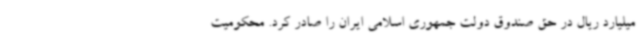
میلیارد ریال در حق صندوق دولت جمهوری اسلامی ایران را صادر کرد. محکومیت